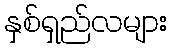
နှစ်ရှည်လများ